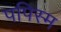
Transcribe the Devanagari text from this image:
पपिस्म